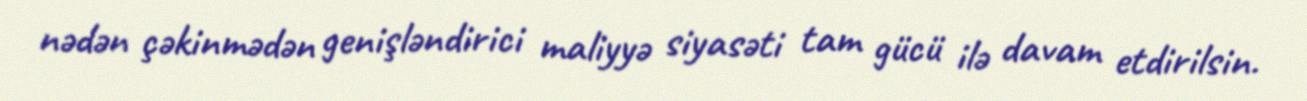
nədən çəkinmədən genişləndirici maliyyə siyasəti tam gücü ilə davam etdirilsin.